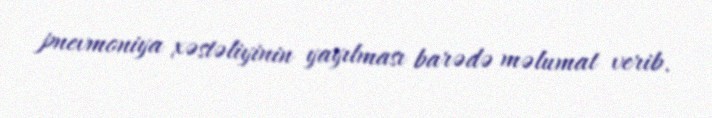
pnevmoniya xəstəliyinin yayılması barədə məlumat verib.